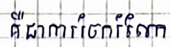
គឺជាការចែករំលែក